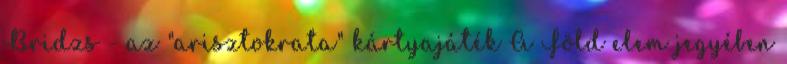
Bridzs - az "arisztokrata" kártyajáték A Föld elem jegyében